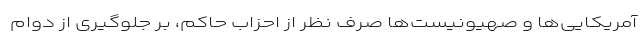
آمریکایی‌ها و صهیونیست‌ها صرف نظر از احزاب حاکم، بر جلوگیری از دوام